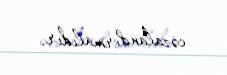
cəzalandırmalıdır.